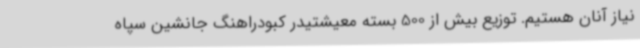
نیاز آنان هستیم. توزیع بیش از 500 بسته معیشتیدر کبودراهنگ جانشین سپاه